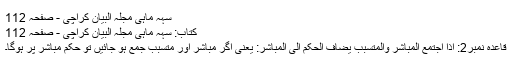
سہہ ماہی مجلہ البیان کراچی - صفحہ 112
کتاب: سہہ ماہی مجلہ البیان کراچی - صفحہ 112
قاعدہ نمبر2: اذا اجتمع المباشر والمتسبب یضاف الحکم الی المباشر: یعنی اگر مباشر اور متسبب جمع ہو جائیں تو حکم مباشر پر ہوگا۔